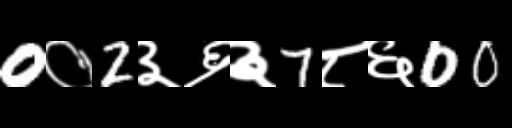
Text: 0०2३६३7८६00